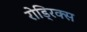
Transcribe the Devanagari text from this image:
रोड्रिक्स